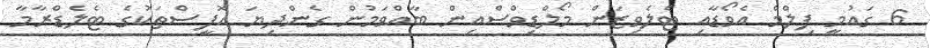
6 ގައުމީ ފިލްމް އެވޯޑާއި ޓެލެވިޒަން މޯލްޑިވްސްއިން ބާއްވަމުން ގެންދިޔަ އޮފީސްތަކުގެ ޓެލެޑްރާމާ